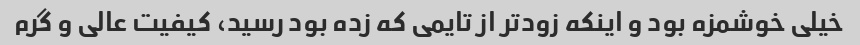
خیلی خوشمزه بود و اینکه زودتر از تایمی که زده بود رسید، کیفیت عالی و گرم